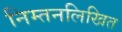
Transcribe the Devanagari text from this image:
निम्तनलिखित